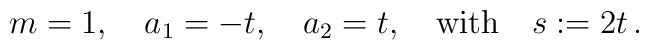
m=1,\ \ \ a_1=-t, \ \ \ a_2=t, \ \ \ \mbox{\rm with}\ \ \ s:=2t\, .